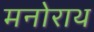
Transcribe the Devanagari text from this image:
मनोराथ